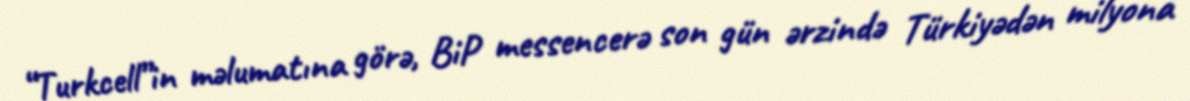
“Turkcell”in məlumatına görə, BiP messencerə son gün ərzində Türkiyədən milyona